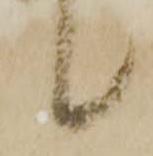
候